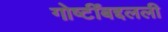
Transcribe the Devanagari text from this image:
गोष्टींबद्दलली